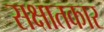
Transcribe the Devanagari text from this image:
सक्षातकार